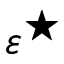
\varepsilon ^ { \star }